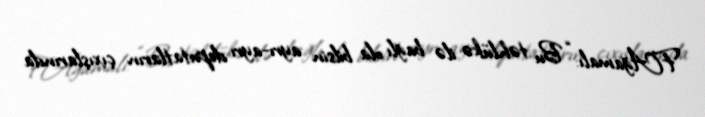
F.Ağamalı: “Bu təhlükə ilə bağlı ola bilsin ayrı-ayrı deputatların çıxışlarında